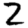
Digit: 2